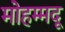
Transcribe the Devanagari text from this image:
मोहम्मदू